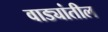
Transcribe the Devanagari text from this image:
वाड्यांतील